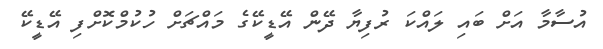
އުސާމާ އަށް ބައި ލައްކަ ރުފިޔާ ދޭން އޭޑީކޭގެ މައްޗަށް ހުކުމްކޮށްފި އޭޑީކޭ